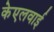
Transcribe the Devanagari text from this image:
केएलवाई